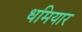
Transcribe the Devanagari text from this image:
धमियार